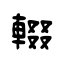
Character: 輟